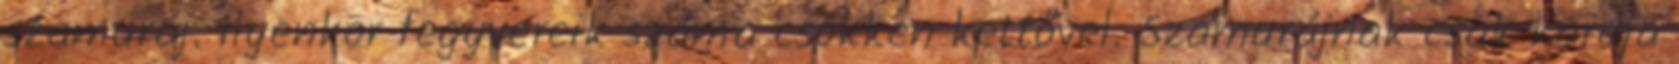
szamuráj. Ilyenkor fegyvereik száma csökken kettővel. Szamurájnak csak kardja